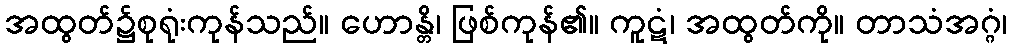
အထွတ်၌စုရုံးကုန်သည်။ ဟောန္တိ၊ ဖြစ်ကုန်၏။ ကူဋံ၊ အထွတ်ကို။ တာသံအဂ္ဂံ၊